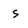
Character: s